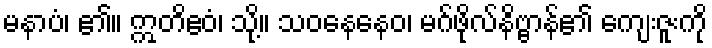
မနာပံ၊ ၏။ ဣတိဧဝံ၊ သို့။ သဝနေနေဝ၊ မဂ်ဖိုလ်နိဗ္ဗာန်၏ ကျေးဇူးကို